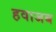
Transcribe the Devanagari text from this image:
हवाजब